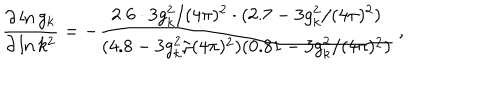
\frac { \partial \ln g _ { k } } { \partial \ln k ^ { 2 } } = - \frac { 2 . 6 \cdot 3 g _ { k } ^ { 2 } / ( 4 \pi ) ^ { 2 } \cdot ( 2 . 7 - 3 g _ { k } ^ { 2 } / ( 4 \pi ) ^ { 2 } ) } { ( 4 . 8 - 3 g _ { k } ^ { 2 } / ( 4 \pi ) ^ { 2 } ) ( 0 . 8 1 - 3 g _ { k } ^ { 2 } / ( 4 \pi ) ^ { 2 } ) } \: ,